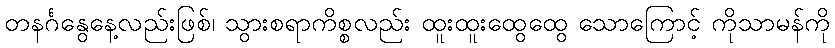
တနင်္ဂနွေနေ့လည်းဖြစ်၊ သွားစရာကိစ္စလည်း ထူးထူးထွေထွေ သောကြောင့် ကိုသာမန်ကို